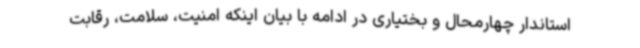
استاندار چهارمحال و بختیاری در ادامه با بیان اینکه امنیت، سلامت، رقابت